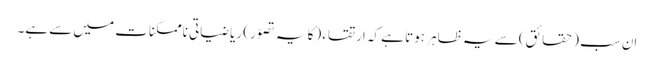
اِن سب (حقائق) سے یہ ظاہر ہوتا ہے کہ اِرتقاء (کا یہ تصوّر) ریاضیاتی ناممکنات میں سے ہے۔